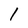
Character: 1